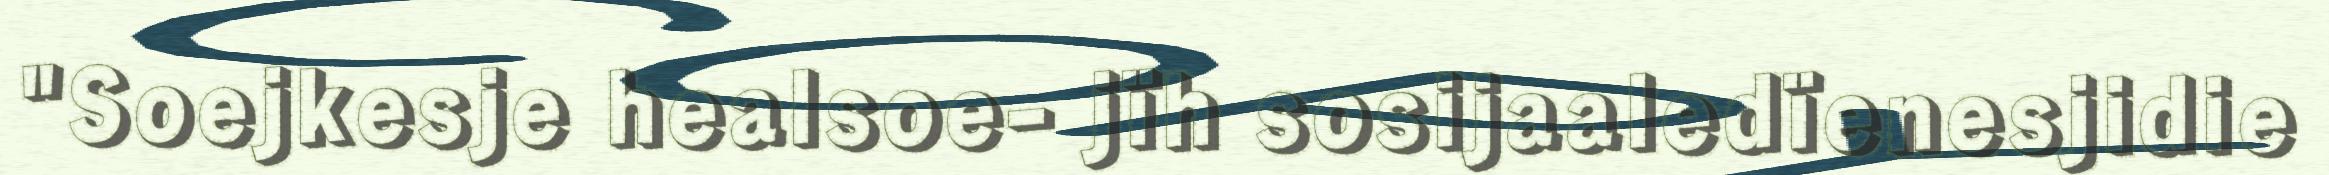
"Soejkesje healsoe- jïh sosijaaledïenesjidie